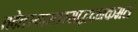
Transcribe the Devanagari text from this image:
तदेतस्यास्तस्माद्वदनकमलं